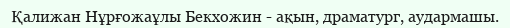
Қалижан Нұрғожаұлы Бекхожин - ақын, драматург, аудармашы.